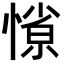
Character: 𭞜